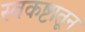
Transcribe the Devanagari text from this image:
स्वकष्टातून